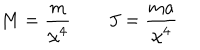
M = \frac { m } { \chi ^ { 4 } } \qquad J = \frac { m a } { \chi ^ { 4 } }